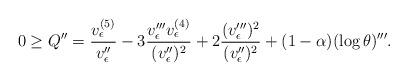
LaTeX: \begin{align*} 0 \geq Q'' = \frac {v_\epsilon^{(5)}}{v_\epsilon''} - 3 \frac {v_\epsilon''' v_\epsilon^{(4)}}{(v_\epsilon'')^2} + 2 \frac {(v_\epsilon''')^2}{(v_\epsilon'')^2} + (1-\alpha)(\log \theta)'''.\end{align*}